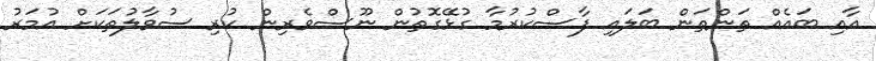
އާއި ބައެއް ތަންތަން ބަލައި ފާސްކުރުމާ ގުޅޭގޮތުން ނޫސްވެރިން ކުރި ސުވާލުތަަކަށް އުމަރު